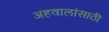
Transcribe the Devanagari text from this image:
अहवालांसाठी